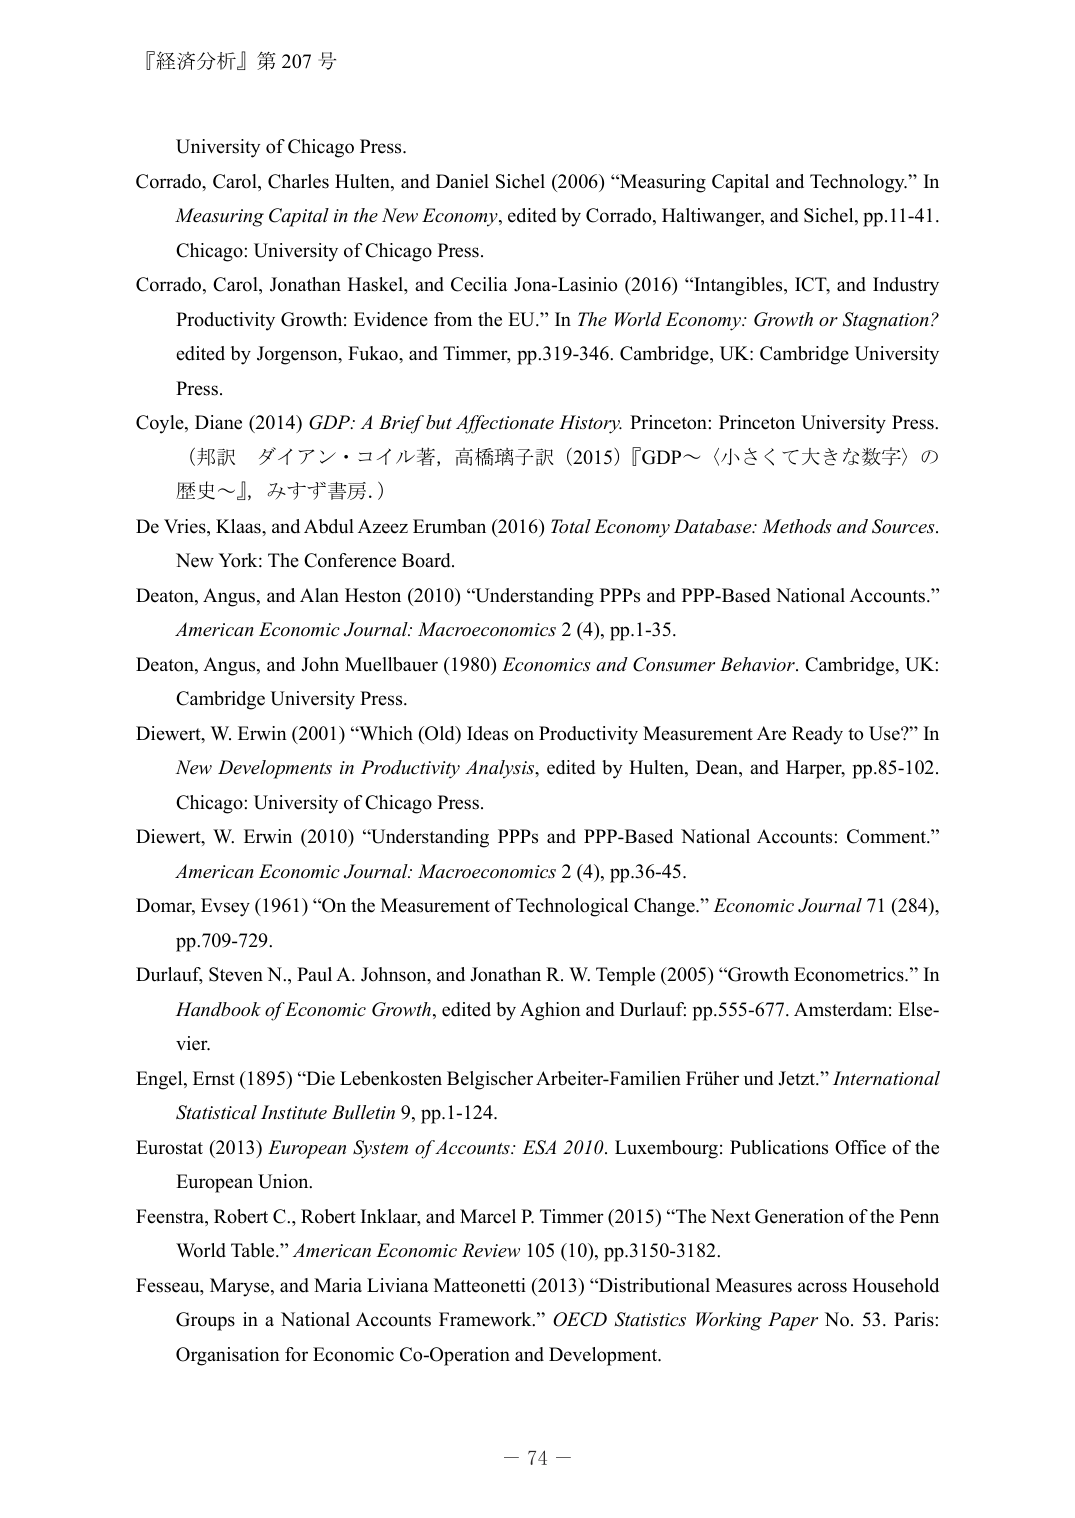
『経済分析』第 207 号

University of Chicago Press.

Corrado, Carol, Charles Hulten, and Daniel Sichel (2006) “Measuring Capital and Technology.” In Measuring Capital in the New Economy, edited by Corrado, Haltiwanger, and Sichel, pp.11-41. Chicago: University of Chicago Press.

Corrado, Carol, Jonathan Haskel, and Cecilia Jona-Lasinio (2016) “Intangibles, ICT, and Industry Productivity Growth: Evidence from the EU.” In The World Economy: Growth or Stagnation? edited by Jorgenson, Fukao, and Timmer, pp.319-346. Cambridge, UK: Cambridge University Press.

Coyle, Diane (2014) GDP: A Brief but Affectionate History. Princeton: Princeton University Press. （邦訳 ダイアン・コイル著, 高橋璃子訳 (2015)『GDP～〈小さくて大きな数字〉の歴史～』, みすず書房.）

De Vries, Klaas, and Abdul Azeez Erumban (2016) Total Economy Database: Methods and Sources. New York: The Conference Board.

Deaton, Angus, and Alan Heston (2010) “Understanding PPPs and PPP-Based National Accounts.” American Economic Journal: Macroeconomics 2 (4), pp.1-35.

Deaton, Angus, and John Muellbauer (1980) Economics and Consumer Behavior. Cambridge, UK: Cambridge University Press.

Diewert, W. Erwin (2001) “Which (Old) Ideas on Productivity Measurement Are Ready to Use?” In New Developments in Productivity Analysis, edited by Hulten, Dean, and Harper, pp.85-102. Chicago: University of Chicago Press.

Diewert, W. Erwin (2010) “Understanding PPPs and PPP-Based National Accounts: Comment.” American Economic Journal: Macroeconomics 2 (4), pp.36-45.

Domar, Evsey (1961) “On the Measurement of Technological Change.” Economic Journal 71 (284), pp.709-729.

Durlauf, Steven N., Paul A. Johnson, and Jonathan R. W. Temple (2005) “Growth Econometrics.” In Handbook of Economic Growth, edited by Aghion and Durlauf: pp.555-677. Amsterdam: Elsevier.

Engel, Ernst (1895) “Die Lebenkosten Belgischer Arbeiter-Familien Früher und Jetzt.” International Statistical Institute Bulletin 9, pp.1-124.

Eurostat (2013) European System of Accounts: ESA 2010. Luxembourg: Publications Office of the European Union.

Feenstra, Robert C., Robert Inklaar, and Marcel P. Timmer (2015) “The Next Generation of the Penn World Table.” American Economic Review 105 (10), pp.3150-3182.

Fesseau, Maryse, and Maria Liviana Mattonetti (2013) “Distributional Measures across Household Groups in a National Accounts Framework.” OECD Statistics Working Paper No. 53. Paris: Organisation for Economic Co-Operation and Development.

－ 74 －